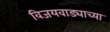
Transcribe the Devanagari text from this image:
विजयवाड्याच्या